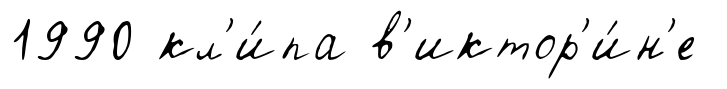
1990 кл'и́па в'иктор'и́н'е